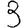
Digit: 3